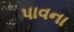
પાવના